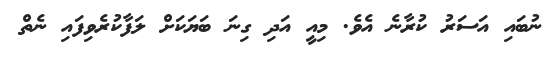
ނުބައި އަސަރު ކުރާނެ އެވެ. މިއީ އަދި ގިނަ ބަޔަކަށް ލަފާކުރެވިފައި ނެތް